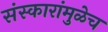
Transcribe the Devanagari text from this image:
संस्कारांमुळेच